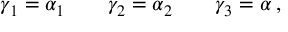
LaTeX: \gamma _ { 1 } = \alpha _ { 1 } \qquad \gamma _ { 2 } = \alpha _ { 2 } \qquad \gamma _ { 3 } = \alpha \, ,